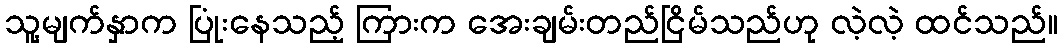
သူ့မျက်နှာက ပြုံးနေသည့် ကြားက အေးချမ်းတည်ငြိမ်သည်ဟု လဲ့လဲ့ ထင်သည်။